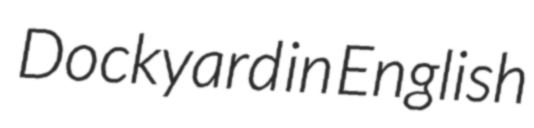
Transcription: Dockyard in English